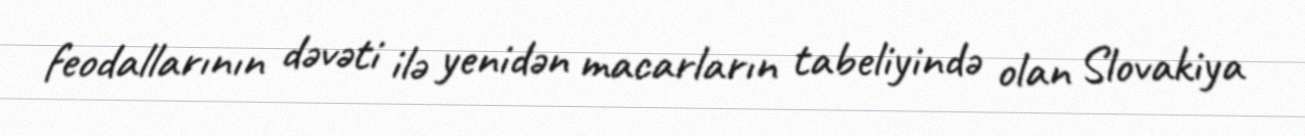
feodallarının dəvəti ilə yenidən macarların tabeliyində olan Slovakiya